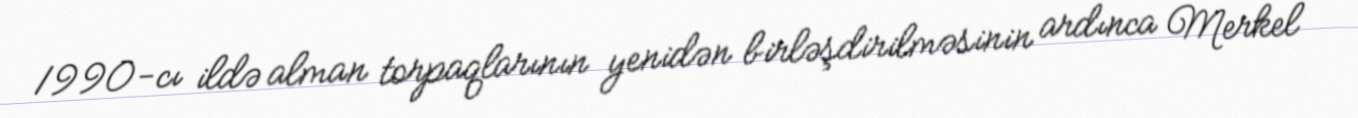
1990-cı ildə alman torpaqlarının yenidən birləşdirilməsinin ardınca Merkel